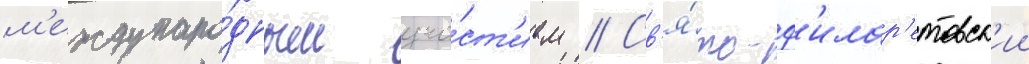
м'еждунаро́дным уча́ст'ием // Св'я́то-ф'илар'етовск'ии